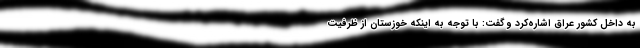
به داخل کشور عراق اشاره‌کرد و گفت: با توجه به اینکه خوزستان از ظرفیت